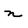
Character: n